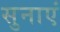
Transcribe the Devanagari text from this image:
सुनाएं